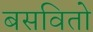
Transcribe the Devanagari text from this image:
बसवितो